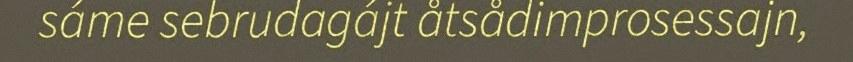
sáme sebrudagájt åtsådimprosessajn,